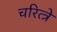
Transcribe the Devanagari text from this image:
चरित्त्रे